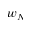
w _ { N }